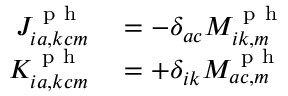
\begin{array} { r l } { J _ { i a , k c m } ^ { \mathrm { ~ p ~ h ~ } } } & { { } = - \delta _ { a c } M _ { i k , m } ^ { \mathrm { ~ p ~ h ~ } } } \\ { K _ { i a , k c m } ^ { \mathrm { ~ p ~ h ~ } } } & { { } = + \delta _ { i k } M _ { a c , m } ^ { \mathrm { ~ p ~ h ~ } } } \end{array}